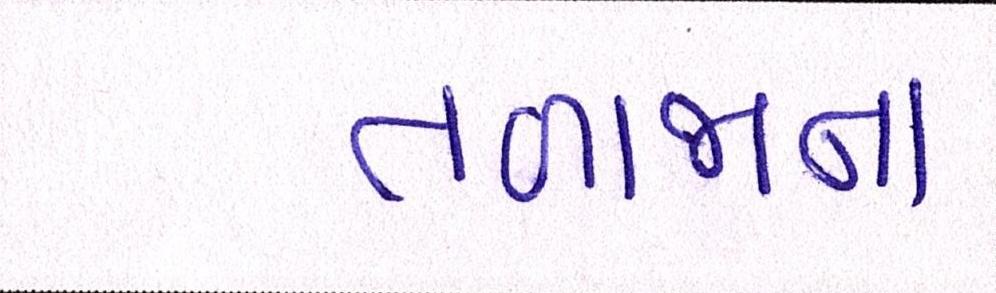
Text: તળાજાના